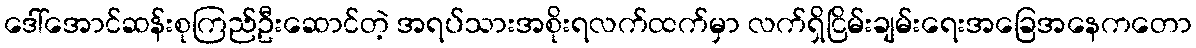
ဒေါ်အောင်ဆန်းစုကြည်ဦးဆောင်တဲ့ အရပ်သားအစိုးရလက်ထက်မှာ လက်ရှိငြိမ်းချမ်းရေးအခြေအနေကတော